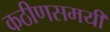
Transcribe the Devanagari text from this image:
कठीणसमयी